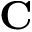
\mathbf { C }